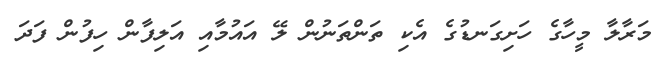
މަރާލާ މީހާގެ ހަށިގަނޑުގެ އެކި ތަންތަނުން ލޭ އައުމާއި އަލިފާން ހިފުން ފަދަ